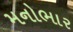
મનોભાર